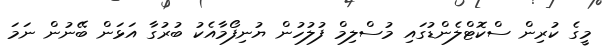
މީގެ ކުރިން ސްކޮޓްލެންޑުގައި މުސްލިމް ފުލުހުން ޔުނިފޯމާއެކު ބުރުގާ އަޅަން ބޭނުން ނަމަ